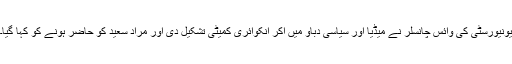
یونیورسٹی کی وائس چانسلر نے میڈیا اور سیاسی دباؤ میں آکر انکوائری کمیٹی تشکیل دی اور مراد سعید کو حاضر ہونے کو کہا گیا۔